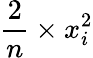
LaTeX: {\frac{2}{n}}\times x_{i}^{2}